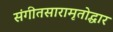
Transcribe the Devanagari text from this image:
संगीतसारामृतोद्धार